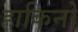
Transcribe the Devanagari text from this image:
हाकिनो